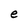
Character: e